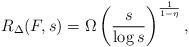
LaTeX: \begin{align*}R_\Delta(F, s) = \Omega \left( \frac{s}{\log s}\right)^{\frac{1}{1-\eta}},\end{align*}